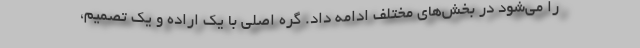
را می‌شود در بخش‌های مختلف ادامه داد. گره اصلی با یک اراده و یک تصمیم،